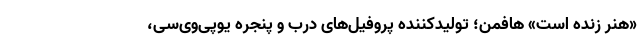
«هنر زنده است» هافمن؛ تولیدکننده پروفیل‌های درب و پنجره یو‌پی‌وی‌سی،